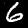
Label: 6